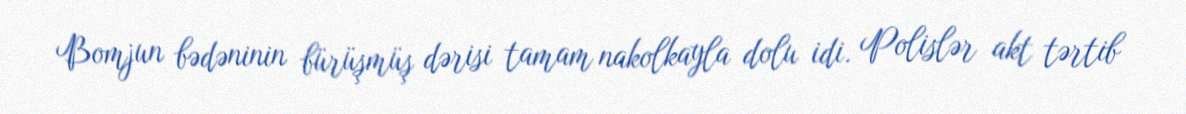
Bomjun bədəninin bürüşmüş dərisi tamam nakolkayla dolu idi. Polislər akt tərtib